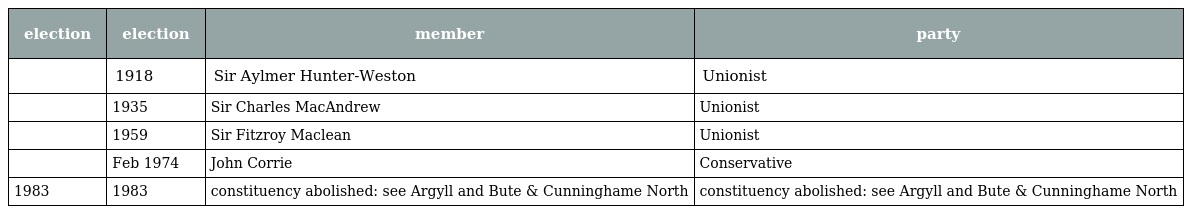
| election | election | member | party |
 | --- | --- | --- | --- |
 |  | 1918 | Sir Aylmer Hunter-Weston | Unionist |
 |  | 1935 | Sir Charles MacAndrew | Unionist |
 |  | 1959 | Sir Fitzroy Maclean | Unionist |
 |  | Feb 1974 | John Corrie | Conservative |
 | 1983 | 1983 | constituency abolished: see Argyll and Bute & Cunninghame North | constituency abolished: see Argyll and Bute & Cunninghame North |